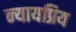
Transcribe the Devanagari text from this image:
न्‍यायप्रिय